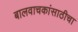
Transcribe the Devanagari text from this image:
बालवाचकांसाठीचा